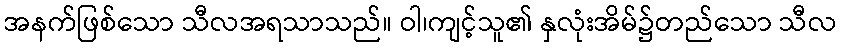
အနက်ဖြစ်သော သီလအရသာသည်။ ဝါ၊ကျင့်သူ၏ နှလုံးအိမ်၌တည်သော သီလ